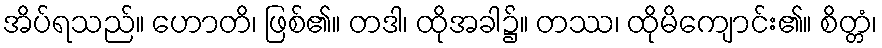
အိပ်ရသည်။ ဟောတိ၊ ဖြစ်၏။ တဒါ၊ ထိုအခါ၌။ တဿ၊ ထိုမိကျောင်း၏။ စိတ္တံ၊